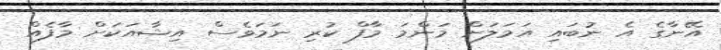
އޭނާގެ އެ ނުބައި އަމަލަށް މަންމަ މާފް ކުރި ނަމަވެސް އިޝާއަކަށް މާފެއް